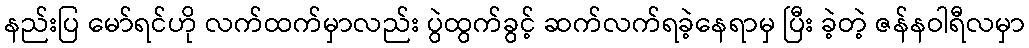
နည်းပြ မော်ရင်ဟို လက်ထက်မှာလည်း ပွဲထွက်ခွင့် ဆက်လက်ရခဲ့နေရာမှ ပြီး ခဲ့တဲ့ ဇန်နဝါရီလမှာ